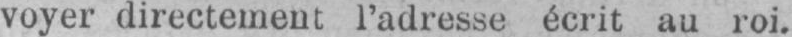
voyer directement l’adresse écrit au roi.